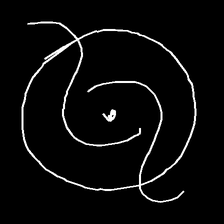
Glyph: repetition